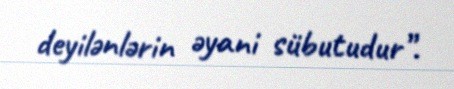
deyilənlərin əyani sübutudur”.